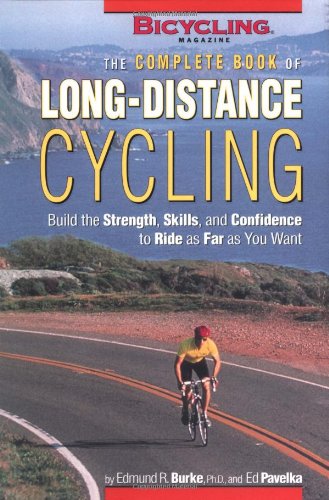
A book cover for The Complete Book of Long-Distance Cycling: Build the Strength, Skills, and Confidence to Ride as Far as You Want; Edmund R. Burke; Sports & Outdoors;